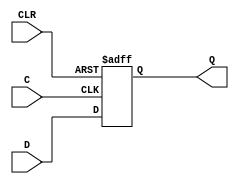
// $Header: /devl/xcs/repo/env/Databases/CAEInterfaces/xec_libs/data/unisims/FDC.v,v 1.1 2005/05/10 01:20:03 wloo Exp $

/*

FUNCTION	: D-FLIP-FLOP with async clear

*/

// `celldefine
`timescale  100 ps / 10 ps

module FDC (Q, C, CLR, D);

    parameter INIT = 1'b0;

    output Q;
    reg    Q;

    input  C, CLR, D;

	always @(posedge CLR or posedge C)
	    if (CLR)
		Q <= 0;
	    else
	        Q <= D;

endmodule